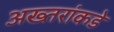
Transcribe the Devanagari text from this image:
अख्तरांकडे